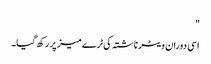
"
اسی دوران ویٹر ناشتہ کی ٹرے میز پر رکھ گیا۔